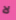
لا